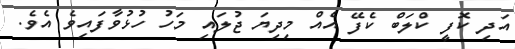
އަދި ކޮފީ ކްލަބް ކެފޭ އެއް މިދިޔަ ޖުލައި މަހު ހުޅުވާފައިވެ އެވެ.